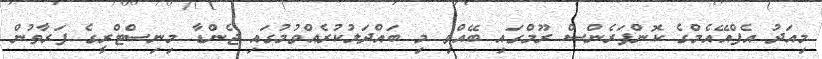
މިއަދު އެފްއޭއެމްގެ ކޮންފަރެންސް ރޫމްގައި ބޭއްވި މި ބައްދަލުކުރެއްވުމުގައި ޖެންޑާ މިނިސްޓްރީގެ ފަރާތުން